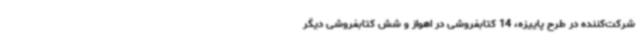
شرکت‌کننده در طرح پاییزه، 14 کتابفروشی در اهواز و شش کتابفروشی دیگر